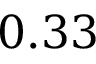
0 . 3 3